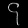
Digit: ၄